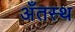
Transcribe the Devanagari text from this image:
अँतस्थ